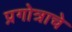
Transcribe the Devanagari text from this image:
प्रगोत्राचे